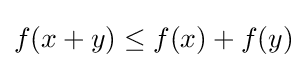
f(x+y)\leq f(x)+f(y)